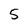
Character: 5